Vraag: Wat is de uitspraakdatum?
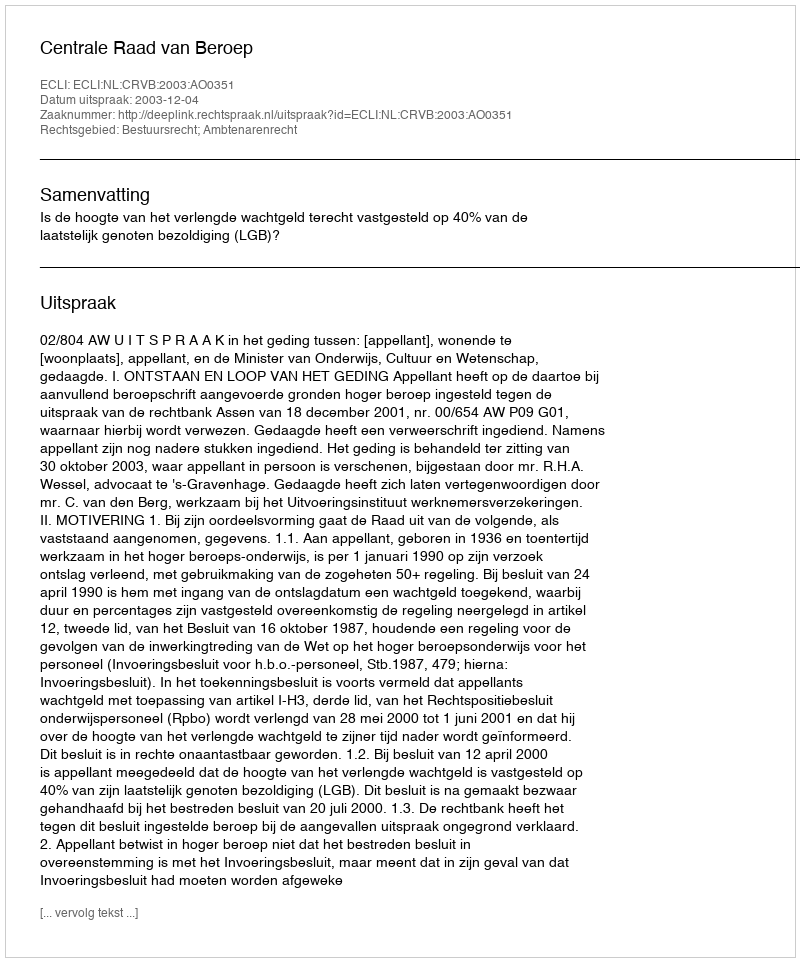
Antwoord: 2003-12-04